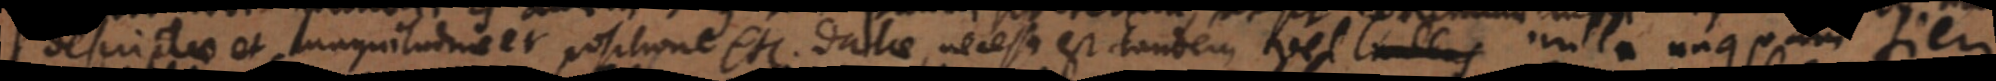
definitae et magnitudine et positione etc. datae, necesse est tandem vel nullus nulla unquam fieri